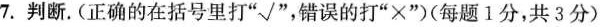
7.判断.(正确的在括号里打”√”，错误的打”×”)(每题1分，共3分)